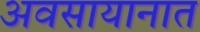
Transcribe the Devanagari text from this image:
अवसायानात